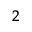
^ 2